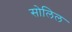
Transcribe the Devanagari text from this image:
सोलिल